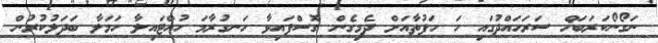
ނަގޯނޯކަރަބަޚް ސަރަހައްދުގައި ހަ ހަފުތާއަށް ދެމިގެން ގޮސްފައިވާ ހަނގުރާމަ ހުއްޓައިލާ ހަމަލާ ބަދަލުކުރުން